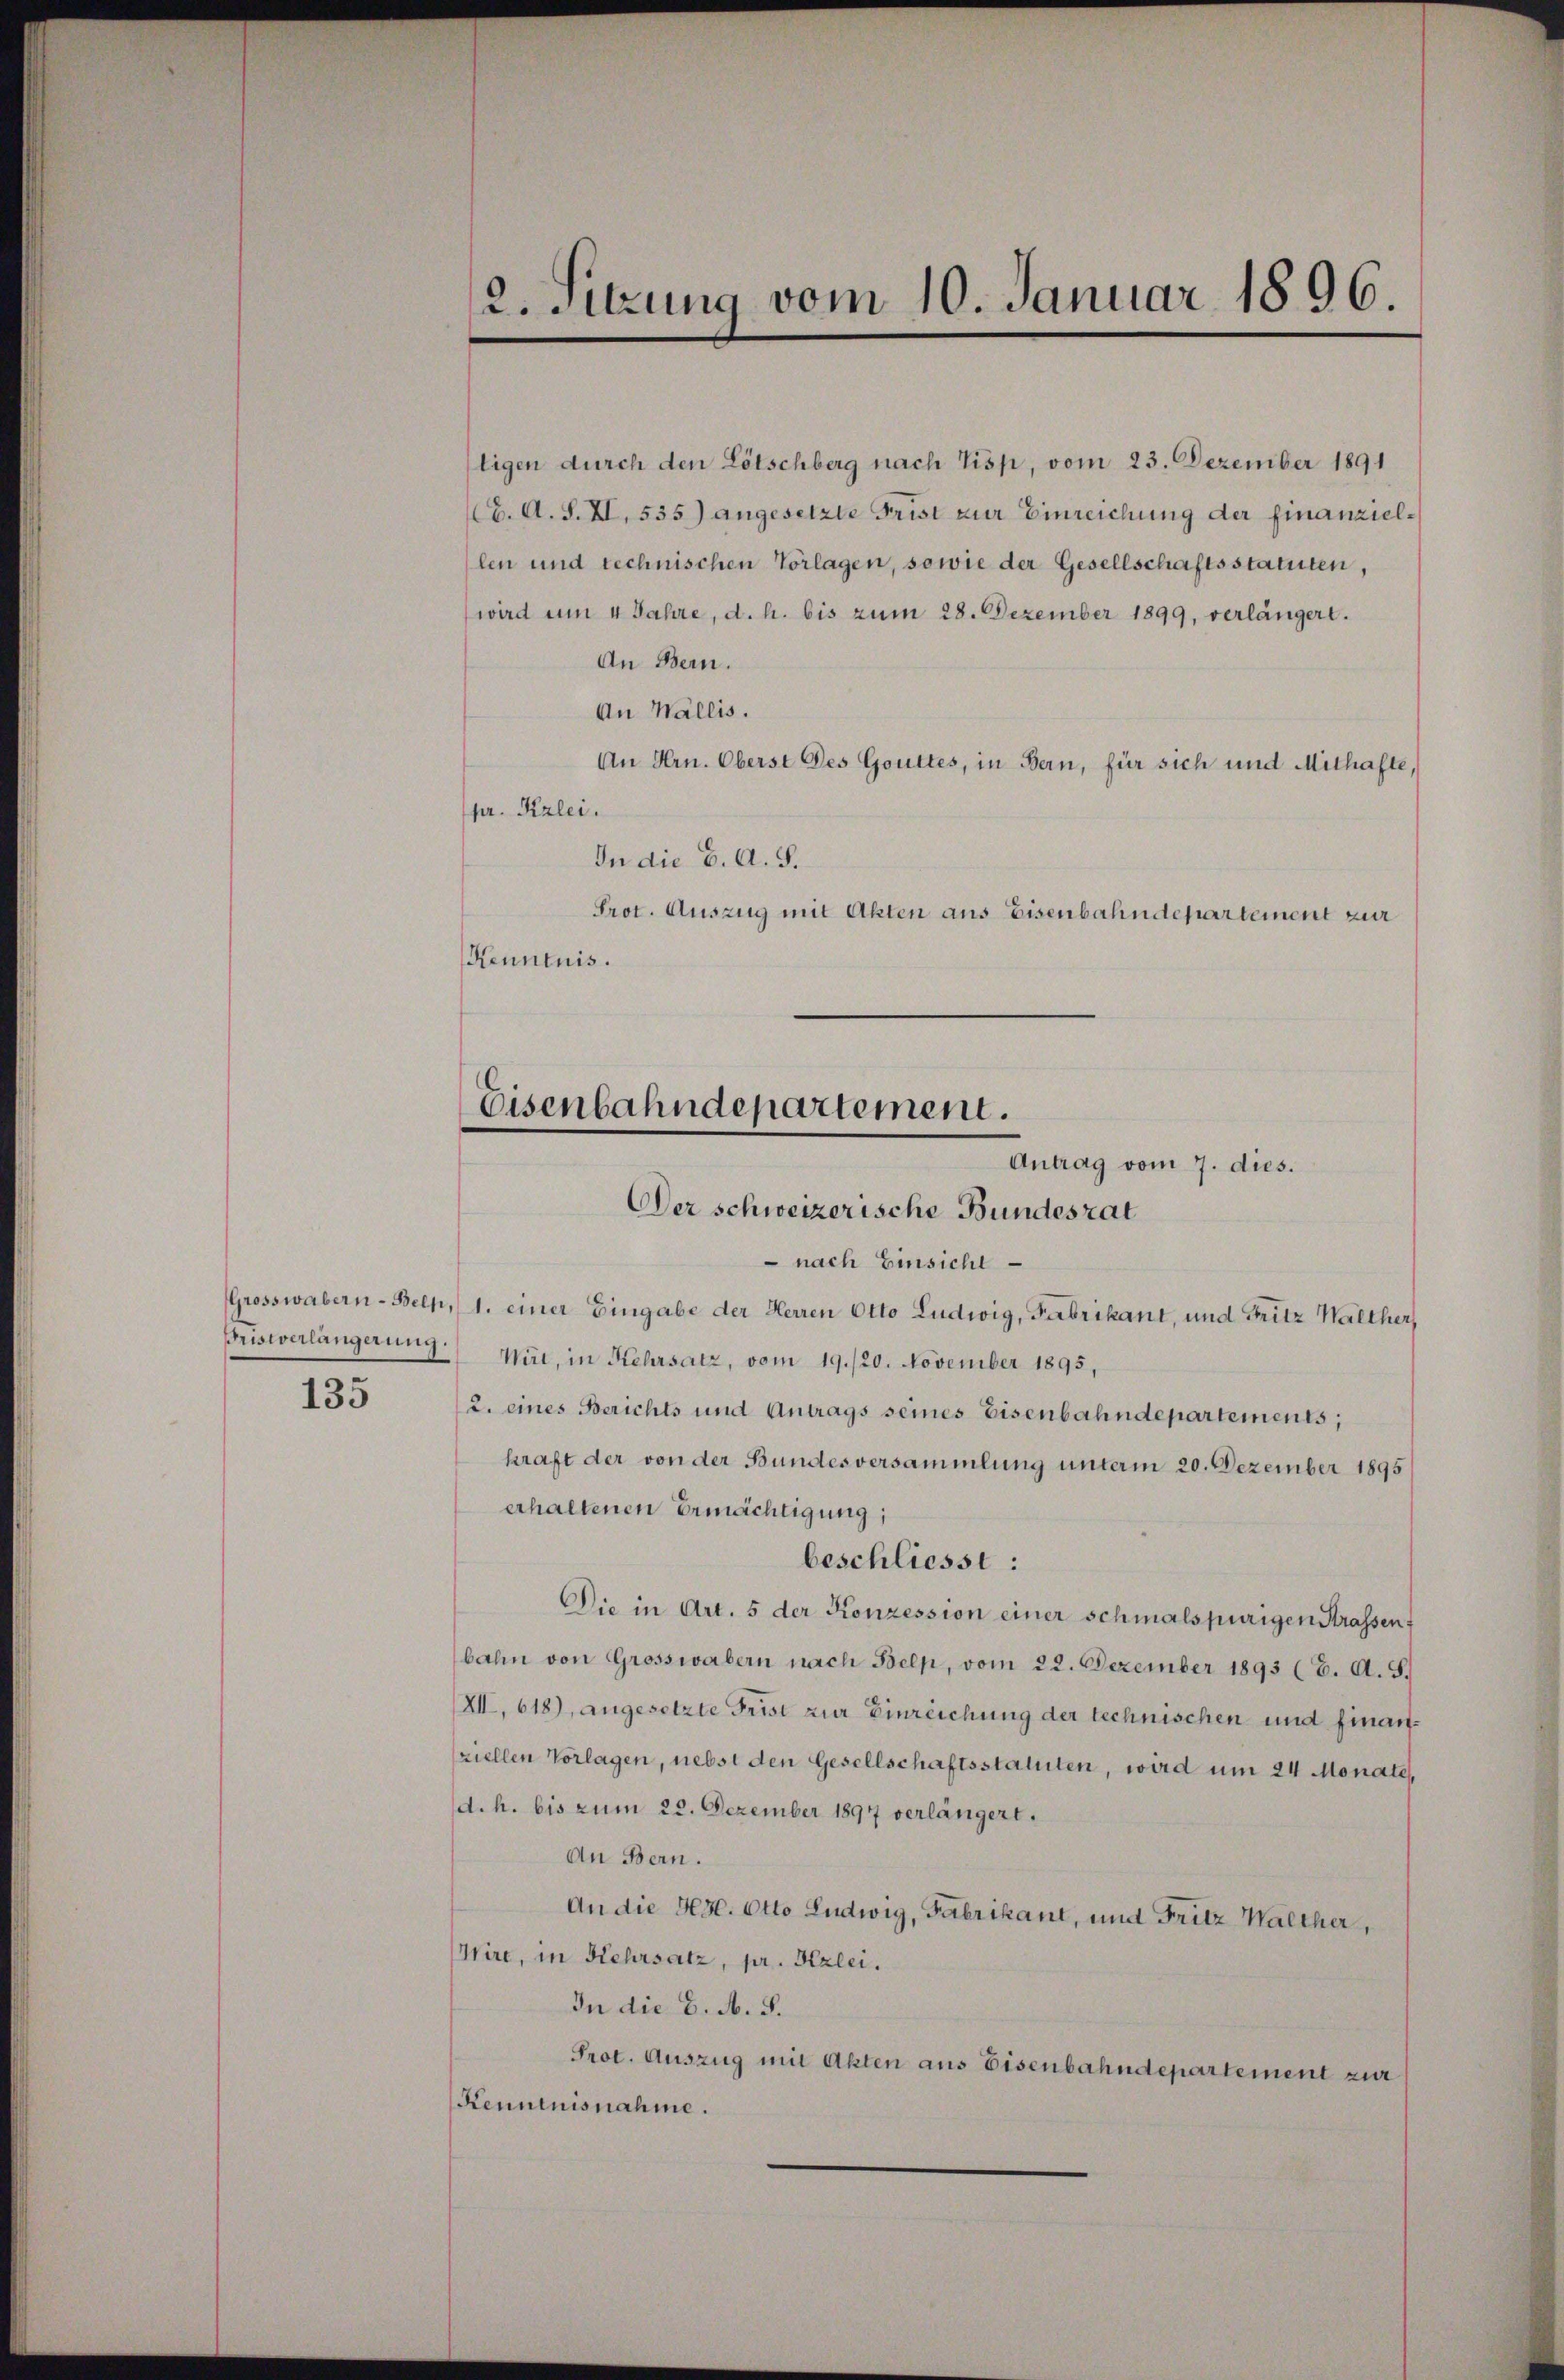
135

tigen durch den Lötschberg nach Tisp, vom 23. Dezember 1891
16. A. S. II, 535) angesetzte Frist zur Einreichung der finanziellen und rechnischen Vorlagen, sowie der Gesellschaftsstatuten,
wird um 4 Jahre, d. h. bis zum 28. Dezember 1899, verlängert.
An Bern.
An Wallis.
An Hrn. Oberst des Gottes, in Bern, für sich und Mithafte,
pr. Kzlei.
In die 6. A. S.
Prot. Auszug mit Akten aus Eisenbahndepartement zur
Kenntnis.
Der schweizerische Bundesrat
 nach Einsicht
Grosswabern- Beck, 1. einer Eingabe der Herren Otto Ludwig, Fabrikant, und Fritz Walther,
Fristverlängerung. Wirt, in Kehrsatz, vom 19./20. November 1895,
2. eines Berichts und Antrags seines Eisenbahndepartements;
kraft der von der Bundesversammlung mit am 20. Dezember 1895
erhaltenen Ermächtigung;
beschliesst:
Die in Art. 5 der Konzession einer schmalspurigen Strassen
bahn von Grosswabern nach Belp, vom 22. Dezember 1893 (E. A. S.
XII. 618), angesetzte Frist zur Einreichung der technischen und finanziellen Vorlagen, nebst den Gesellschaftsstatuten, wird um 24 Monate,
d. h. bis zum 22. Dezember 1897 verlängert.
An Bern.
An die Hr. Otto Ludwig, Fabrikant, und Fritz Walther,
Wire, in Kehrsatz, pr. Kzlei.
In die 6. A. S.
Prot. Auszug mit Akten aus Eisenbahndepartement zur
Kenntnisnahme.

2. Sitzung vom 10. Januar 1896.

Eisenbahndepartement.
Antrag vom 7. dies.